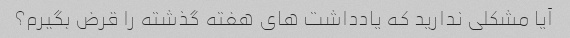
آیا مشکلی ندارید که یادداشت های هفته گذشته را قرض بگیرم؟